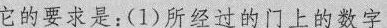
它的要求是：(1)所经过的门上的数字